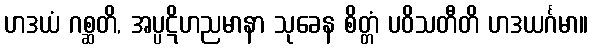
ဟဒယံ ဂစ္ဆတိ, အပ္ပဋိဟညမာနာ သုခေန စိတ္တံ ပဝိသတီတိ ဟဒယင်္ဂမာ။